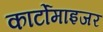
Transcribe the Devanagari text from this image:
कार्टोमाइजर